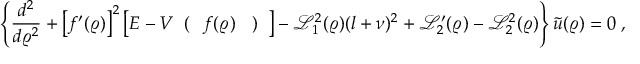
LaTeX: \left\{ \frac { d ^ { 2 } } { d \varrho ^ { 2 } } + \left[ f ^ { \prime } ( \varrho ) \right] ^ { 2 } \left[ E - V \mathrm { \boldmath \large ~ \left( ~ \right. ~ } \! \! f ( \varrho ) \! \mathrm { \boldmath \large ~ \left. ~ \right) ~ } \right] - { \mathcal L } _ { 1 } ^ { 2 } ( \varrho ) ( l + \nu ) ^ { 2 } + { \mathcal L } _ { 2 } ^ { \prime } ( \varrho ) - { \mathcal L } _ { 2 } ^ { 2 } ( \varrho ) \right\} \widetilde { u } ( \varrho ) = 0 \; ,